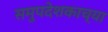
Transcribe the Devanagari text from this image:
समुपदेशकाच्या